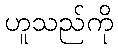
ဟူသည်ကို